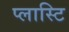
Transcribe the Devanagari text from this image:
प्लास्टि